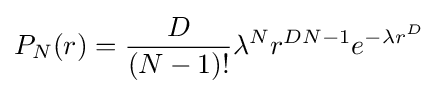
P_{N}(r)={\frac {D}{(N-1)!}}{\lambda }^{N}r^{DN-1}e^{-\lambda r^{D}}